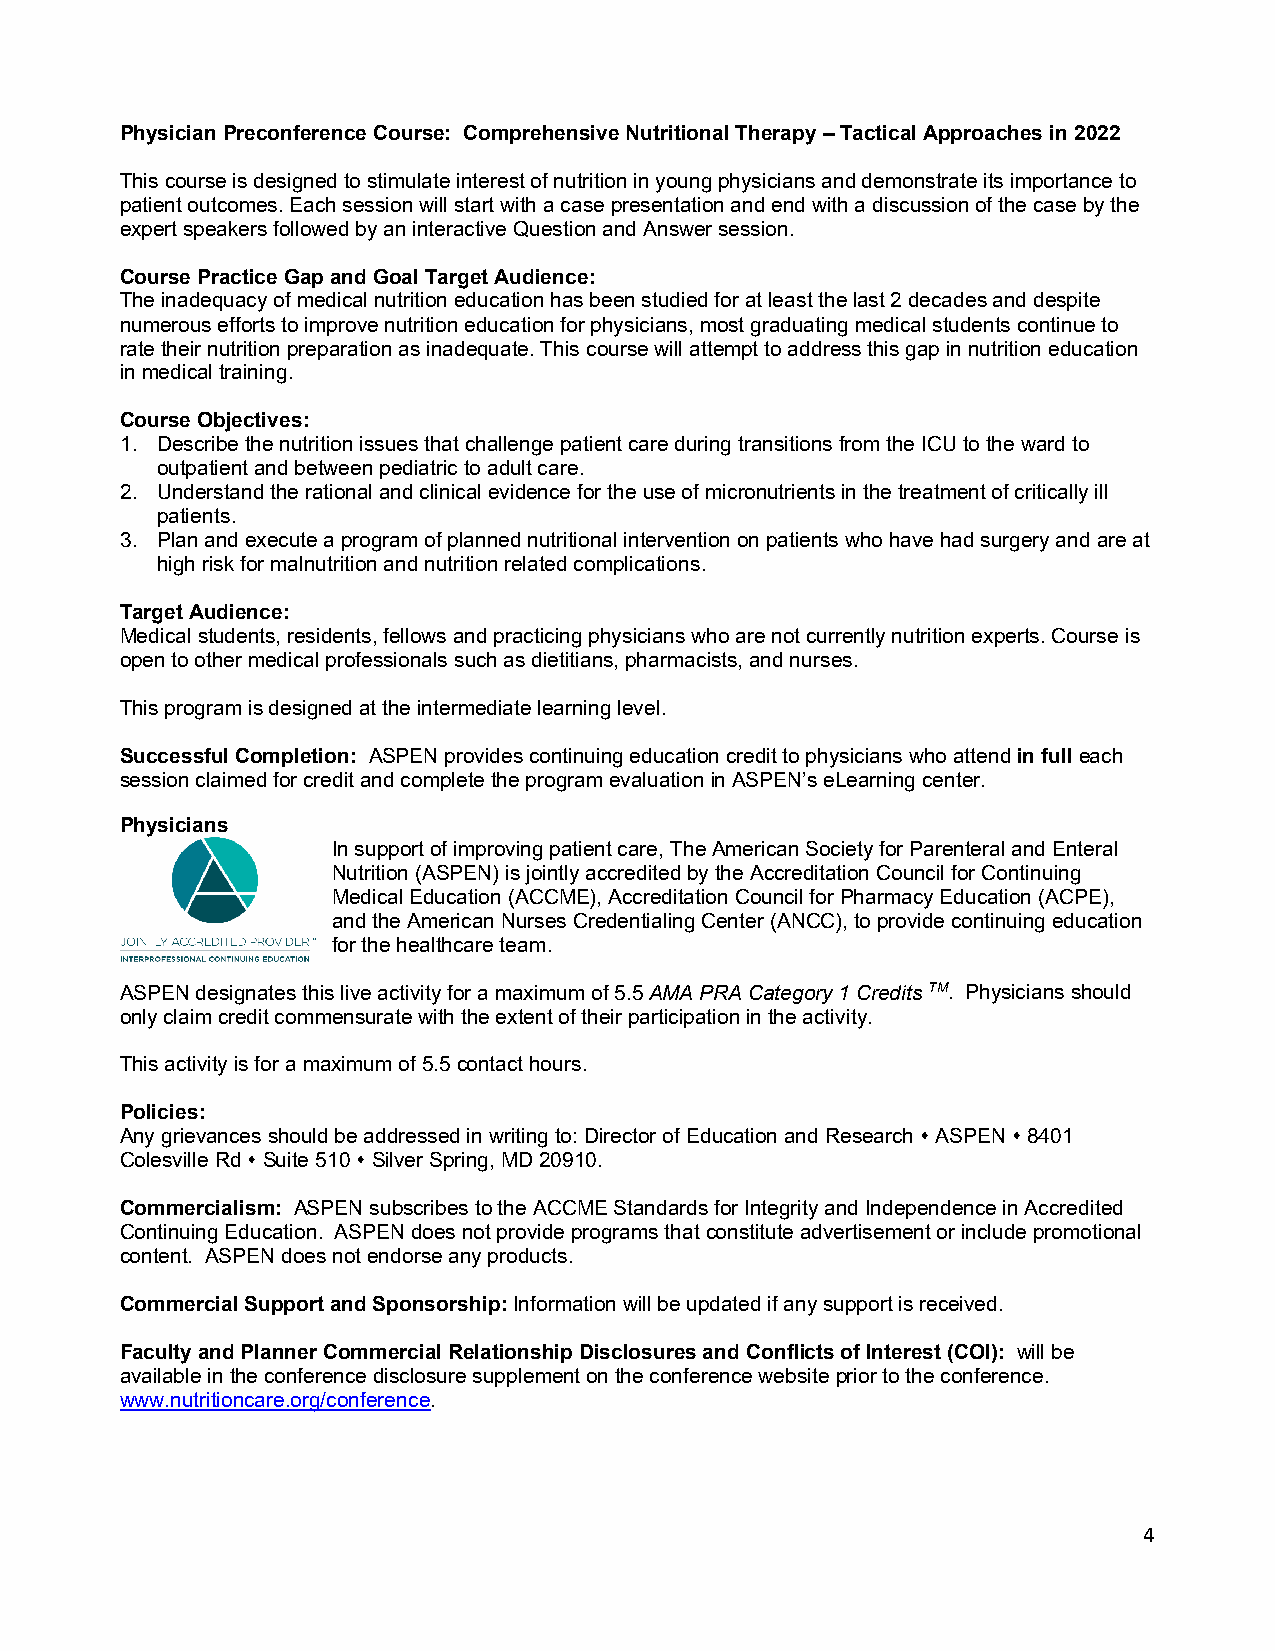
Physician Preconference Course: Comprehensive Nutritional Therapy – Tactical Approaches in 2022
 This course is designed to stimulate interest of nutrition in young physicians and demonstrate its importance to
 patient outcomes. Each session will start with a case presentation and end with a discussion of the case by the
 expert speakers followed by an interactive Question and Answer session.
 Course Practice Gap and Goal Target Audience:
 The inadequacy of medical nutrition education has been studied for at least the last 2 decades and despite
 numerous efforts to improve nutrition education for physicians, most graduating medical students continue to
 rate their nutrition preparation as inadequate. This course will attempt to address this gap in nutrition education
 in medical training.
 Course Objectives:
 1. Describe the nutrition issues that challenge patient care during transitions from the ICU to the ward to
 outpatient and between pediatric to adult care.
 2. Understand the rational and clinical evidence for the use of micronutrients in the treatment of critically ill
 patients.
 3. Plan and execute a program of planned nutritional intervention on patients who have had surgery and are at
 high risk for malnutrition and nutrition related complications.
 Target Audience:
 Medical students, residents, fellows and practicing physicians who are not currently nutrition experts. Course is
 open to other medical professionals such as dietitians, pharmacists, and nurses.
 This program is designed at the intermediate learning level.
 Successful Completion: ASPEN provides continuing education credit to physicians who attend in full each
 session claimed for credit and complete the program evaluation in ASPEN’s eLearning center.
 Physicians
 In support of improving patient care, The American Society for Parenteral and Enteral
 Nutrition (ASPEN) is jointly accredited by the Accreditation Council for Continuing
 Medical Education (ACCME), Accreditation Council for Pharmacy Education (ACPE),
 and the American Nurses Credentialing Center (ANCC), to provide continuing education
 for the healthcare team.
 ASPEN designates this live activity for a maximum of 5.5 AMA PRA Category 1 Credits TM. Physicians should
 only claim credit commensurate with the extent of their participation in the activity.
 This activity is for a maximum of 5.5 contact hours.
 Policies:
 Any grievances should be addressed in writing to: Director of Education and Research  ASPEN  8401
 Colesville Rd  Suite 510  Silver Spring, MD 20910.
 Commercialism: ASPEN subscribes to the ACCME Standards for Integrity and Independence in Accredited
 Continuing Education. ASPEN does not provide programs that constitute advertisement or include promotional
 content. ASPEN does not endorse any products.
 Commercial Support and Sponsorship: Information will be updated if any support is received.
 Faculty and Planner Commercial Relationship Disclosures and Conflicts of Interest (COI): will be
 available in the conference disclosure supplement on the conference website prior to the conference.
 www.nutritioncare.org/conference.
 4